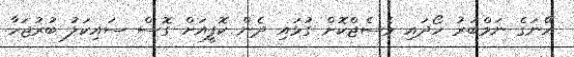
އޭނަގެ ނަމްބަރު ހޯދައި މެސެޖްކޮށް ގުޅައި ދެން ކޮފީއަށް ގޮސް ސައިކަލު ބުރުޖަހާ